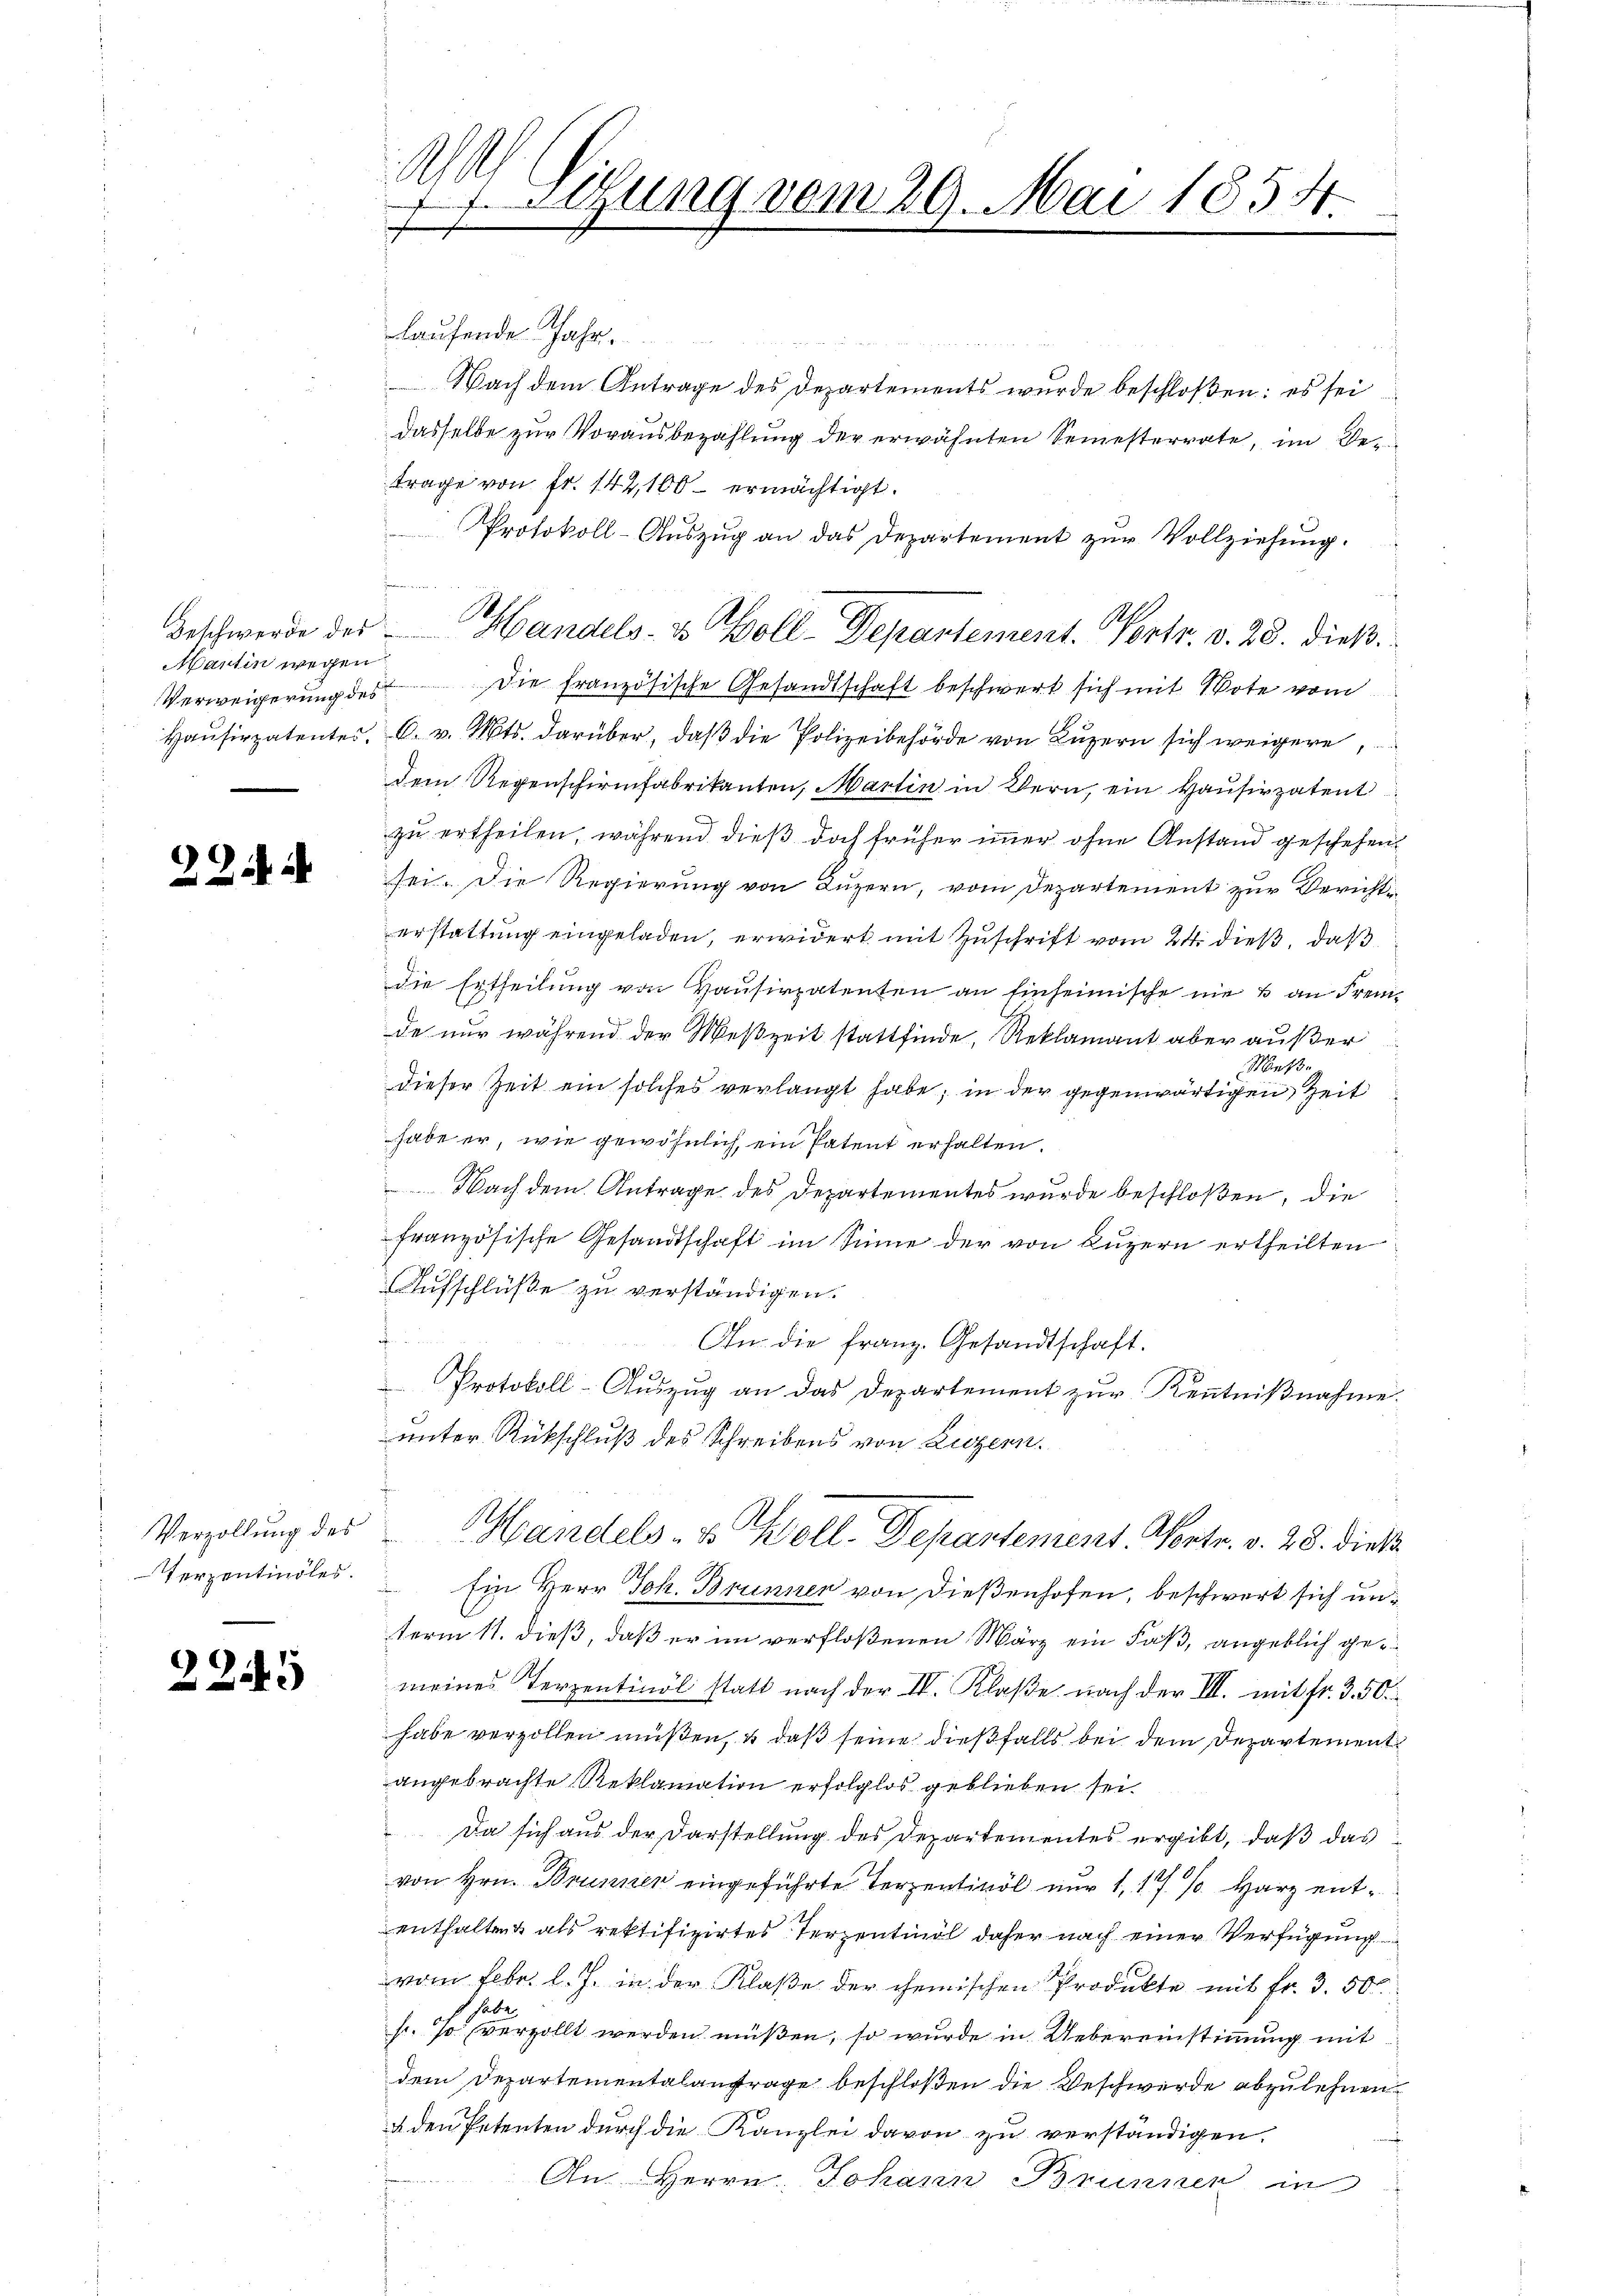
Martin wegen

.

22

Verzollung des
Terzentindles.

2249

A
17. Stung vom 29. Mai 1854.
h

laufende Jahr

Nach dem Antrage des Departements wurde beschloßen: es sei
dasselbe zur Vorausbezahlung der erwähnten Semesterrate, im Detrage von Fr. 144,100 - ermächtigt.
Protokoll-Aŭszŭg an das Departement zŭr Vollziehŭng.
A
Verweigerung des die französische Gesandtschaft beschwert sich mit Pote vom
Hausirpatentes, A. v. Mts. darüber, daß die Polizeibehörde von Luzern sich weigere,
dem Regenschirmfabrikanten, Martin in Bern, ein Hausirpatent
zu ertheilen, während dieß doch früher immer ohne Anstand geschehen
sei. Die Regierung von Luzern, vom Departement zur Berichterstattung eingeladen, erwidert mit Zuschrift vom 24. dieß, daß
die Ertheilung von Hausirpatenten an Einheimische nie & an Fremde nur während der Meßzeit stattfinde, Reklamant aber außer
Meße
dieser Zeit ein solches verlangt habe; in der gegenwärtigen Zeit
habe er, wie gewöhnlich, ein Patent erhalten.
Nach dem Antrage des Departementes wurde beschloßen, die
französische Gesandtschaft im Sinne der von Luzern ertheilten
Aufschlüße zu verständigen.
t
An die franz. Gesandtschaft.
Protokoll-Auszug an das Departement zur Kenntnißnahme.
unter Rückschluß des Schreibens von Luzern.
Handels- & Woll. Departement. Montr. v. 28. dieß
 Ein Herr Joh. Brunner von dießenhofen, beschwert sich unterm 11. dieß, daß er im verfloßenen März ein Faß, angeblich ge
meines Terzentinöl statt nach der IV. Klaße nach der III. mit fr. 3. 50
habe verzollen müßen, u daß seine dießfalls bei dem Departement
angebrachte Reklamation erfolglos geblieben sei
Da sich aus der Darstellung des Departementes ergibt, daß das
von Hrn. Brunner eingeführte Terzentivöl nur 1, 17 s. Harz ententhalten als rektifizirtes Terzentinöl daher nach einer Verfügung
vom Febr. l. J. in der Klaße der chemischen Produkte mit fr. 3. 50.
ab
s. so verzollt werden müßen, so wurde in Uebereinstimmung mit
dem Departementalantrage beschloßen die Beschwerde abzulehnen.
u den Petenten durch die Kanzlei davon zu verständigen.
de
An Herrn Johann Brunnen in
ihr

Beschwerde des Handels- & Poll-Departement. 100fr. v. 28. dieß.